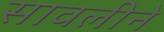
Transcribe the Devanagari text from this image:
सावलीने